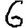
Digit: 6